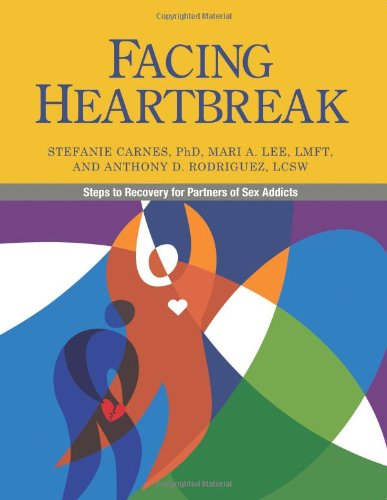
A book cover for Facing Heartbreak: Steps to Recovery for Partners of Sex Addicts; Stefanie Carnes; Health, Fitness & Dieting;